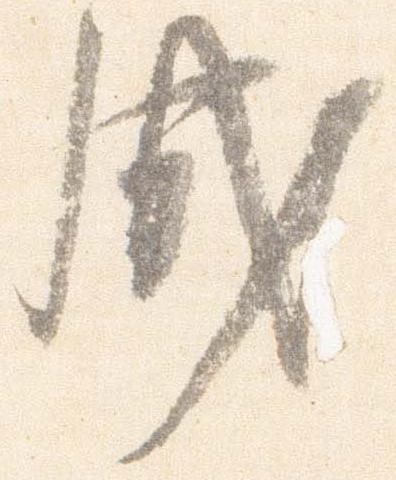
成